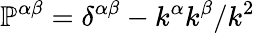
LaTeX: \mathbb{P}^{\alpha\beta}=\delta^{\alpha\beta}-k^{\alpha}k^{\beta}/k^{2}